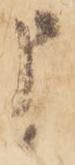
申